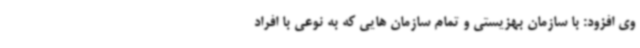
وی افزود: با سازمان بهزیستی و تمام سازمان هایی که به نوعی با افراد